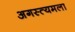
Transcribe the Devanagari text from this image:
अगस्त्यमला